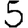
Digit: 5